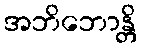
အဘိဘောန္တိ